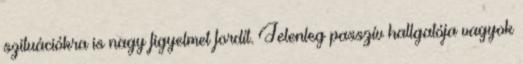
szituációkra is nagy figyelmet fordít. Jelenleg passzív hallgatója vagyok